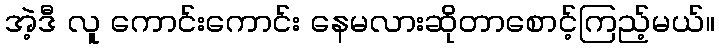
အဲ့ဒီ လူ ကောင်းကောင်း နေမလားဆိုတာစောင့်ကြည့်မယ်။